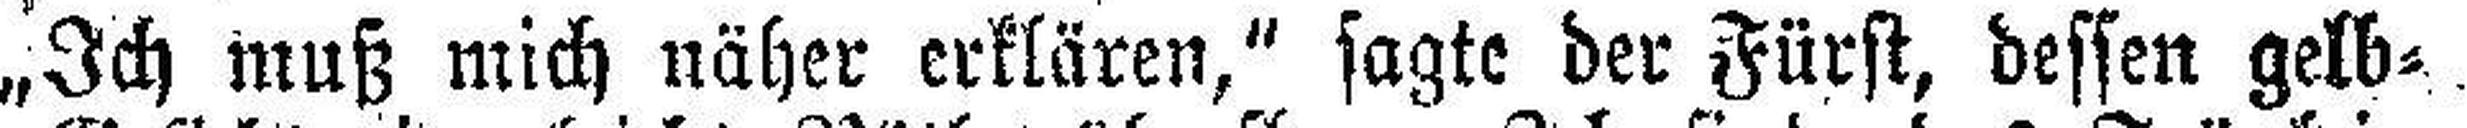
„Ich muß mich näher erklären," sagte der Fürst, dessen gelb¬